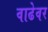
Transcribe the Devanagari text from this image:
वाढेवर